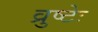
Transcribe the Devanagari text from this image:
व्रुष्टेः